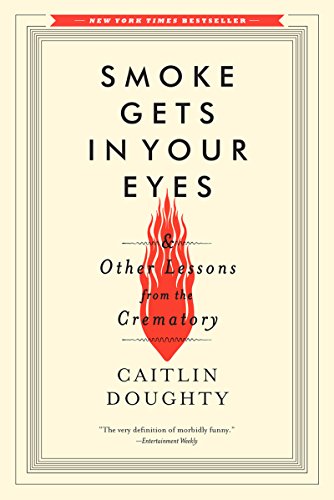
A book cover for Smoke Gets in Your Eyes: And Other Lessons from the Crematory; Caitlin Doughty; Self-Help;